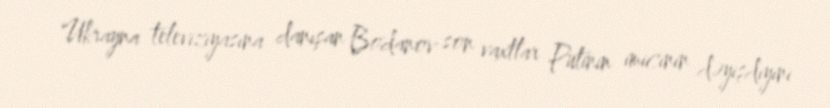
Ukrayna televiziyasına danışan Bodanov son vaxtlar Putinin imicinin dəyişdiyini